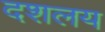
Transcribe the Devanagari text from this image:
दशलय